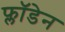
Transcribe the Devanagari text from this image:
फ्लॉडेन